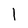
Character: l